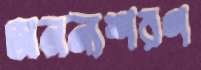
অনন্যশরণ